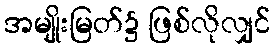
အမျိုးမြတ်၌ ဖြစ်လိုလျှင်